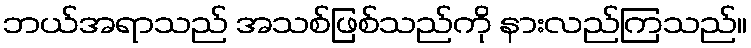
ဘယ်အရာသည် အသစ်ဖြစ်သည်ကို နားလည်ကြသည်။